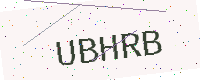
Text: UBHRB